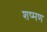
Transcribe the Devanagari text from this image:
शष्मण